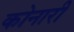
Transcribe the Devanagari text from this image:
कोनारी